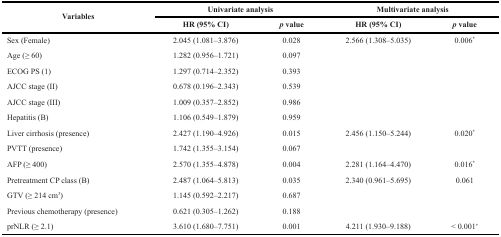
<table><thead><tr><td rowspan="2"><b>Variables</b></td><td colspan="2"><b>Univariate analysis</b></td><td colspan="2"><b>Multivariate analysis</b></td></tr><tr><td><b>HR (95% CI)</b></td><td><b><i>p</i> value</b></td><td><b>HR (95% CI)</b></td><td><b><i>p</i> value</b></td></tr></thead><tbody><tr><td>Sex (Female)</td><td>2.045 (1.081–3.876)</td><td>0.028</td><td>2.566 (1.308–5.035)</td><td>0.006*</td></tr><tr><td>Age (≥ 60)</td><td>1.282 (0.956–1.721)</td><td>0.097</td><td></td><td></td></tr><tr><td>ECOG PS (1)</td><td>1.297 (0.714–2.352)</td><td>0.393</td><td></td><td></td></tr><tr><td>AJCC stage (II)</td><td>0.678 (0.196–2.343)</td><td>0.539</td><td></td><td></td></tr><tr><td>AJCC stage (III)</td><td>1.009 (0.357–2.852)</td><td>0.986</td><td></td><td></td></tr><tr><td>Hepatitis (B)</td><td>1.106 (0.549–1.879)</td><td>0.959</td><td></td><td></td></tr><tr><td>Liver cirrhosis (presence)</td><td>2.427 (1.190–4.926)</td><td>0.015</td><td>2.456 (1.150–5.244)</td><td>0.020*</td></tr><tr><td>PVTT (presence)</td><td>1.742 (1.355–3.154)</td><td>0.067</td><td></td><td></td></tr><tr><td>AFP (≥ 400)</td><td>2.570 (1.355–4.878)</td><td>0.004</td><td>2.281 (1.164–4.470)</td><td>0.016*</td></tr><tr><td>Pretreatment CP class (B)</td><td>2.487 (1.064–5.813)</td><td>0.035</td><td>2.340 (0.961–5.695)</td><td>0.061</td></tr><tr><td>GTV (≥ 214 cm<sup>3</sup>)</td><td>1.145 (0.592–2.217)</td><td>0.687</td><td></td><td></td></tr><tr><td>Previous chemotherapy (presence)</td><td>0.621 (0.305–1.262)</td><td>0.188</td><td></td><td></td></tr><tr><td>prNLR (≥ 2.1)</td><td>3.610 (1.680–7.751)</td><td>0.001</td><td>4.211 (1.930–9.188)</td><td>&lt; 0.001*</td></tr></tbody></table>